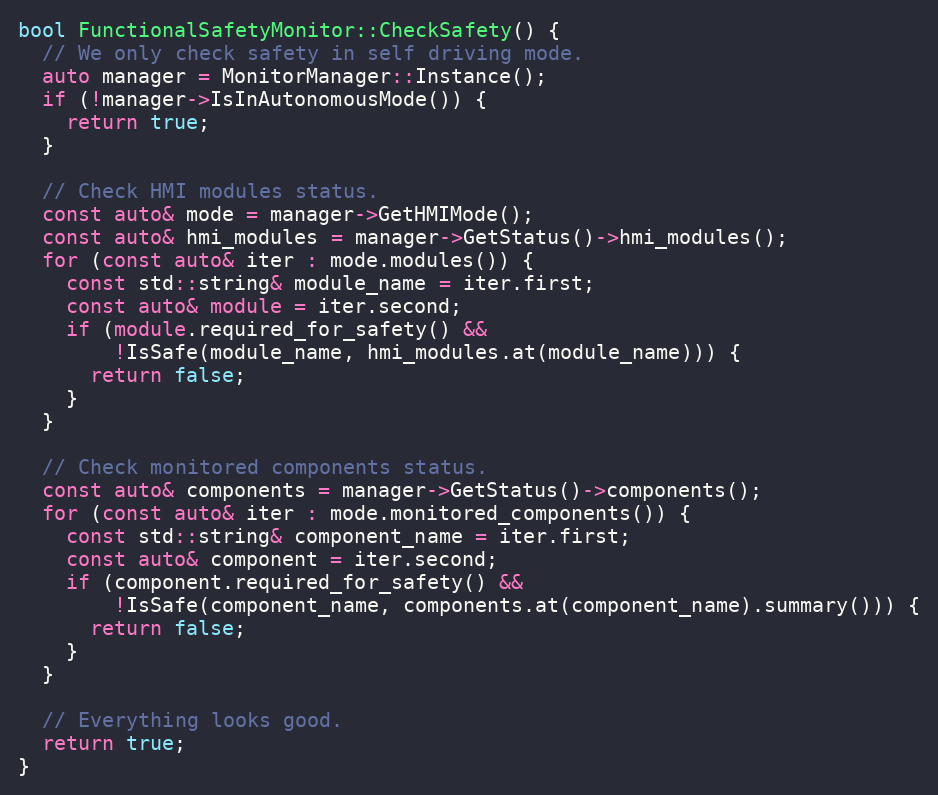
Language: C++
bool FunctionalSafetyMonitor::CheckSafety() {
  // We only check safety in self driving mode.
  auto manager = MonitorManager::Instance();
  if (!manager->IsInAutonomousMode()) {
    return true;
  }

  // Check HMI modules status.
  const auto& mode = manager->GetHMIMode();
  const auto& hmi_modules = manager->GetStatus()->hmi_modules();
  for (const auto& iter : mode.modules()) {
    const std::string& module_name = iter.first;
    const auto& module = iter.second;
    if (module.required_for_safety() &&
        !IsSafe(module_name, hmi_modules.at(module_name))) {
      return false;
    }
  }

  // Check monitored components status.
  const auto& components = manager->GetStatus()->components();
  for (const auto& iter : mode.monitored_components()) {
    const std::string& component_name = iter.first;
    const auto& component = iter.second;
    if (component.required_for_safety() &&
        !IsSafe(component_name, components.at(component_name).summary())) {
      return false;
    }
  }

  // Everything looks good.
  return true;
}